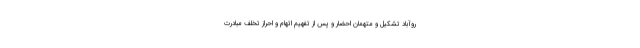
روآباد تشکیل و متهمان احضار و پس از تفهیم اتهام و احراز تخلف مبادرت